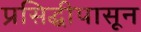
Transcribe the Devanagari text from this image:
प्रसिद्धीपासून